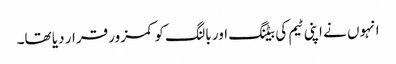
انہوں نے اپنی ٹیم کی بیٹنگ اور بالنگ کو کمزور قرار دیا تھا۔